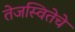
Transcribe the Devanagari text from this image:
तेजस्वितेचे